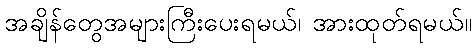
အချိန်တွေအများကြီးပေးရမယ်၊ အားထုတ်ရမယ်။